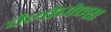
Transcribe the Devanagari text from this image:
पैथोजेन्स